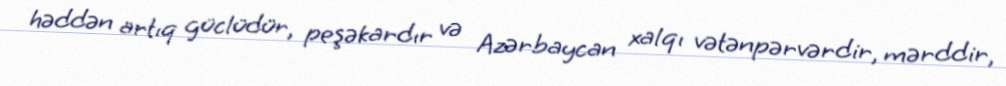
həddən artıq güclüdür, peşəkardır və Azərbaycan xalqı vətənpərvərdir, mərddir,